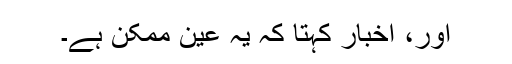
اور، اخبار کہتا کہ یہ عین ممکن ہے۔